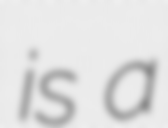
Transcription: is a